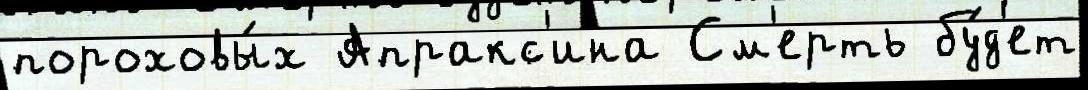
пороховы́х Апракс'ина См'ерть бу́д'ет